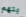
بتهم